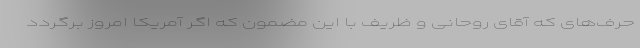
حرف‌های که آقای روحانی و ظریف با این مضمون که اگر آمریکا امروز برگردد